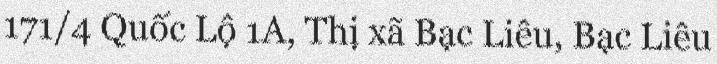
171/4 Quốc Lộ 1A, Thị xã Bạc Liêu, Bạc Liêu